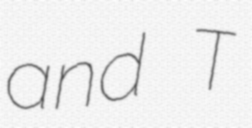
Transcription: and T